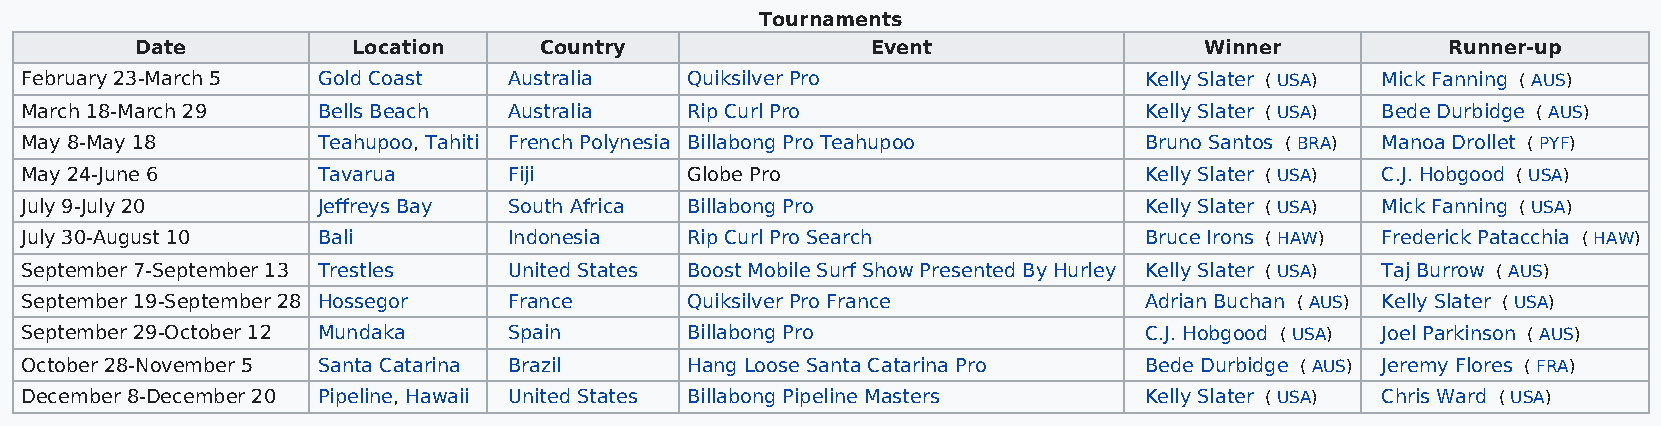
Tournaments
 Date          Location     Country               Event                 Winner          Runner-up
 February 23-March 5 Gold Coast   Australia  Quiksilver Pro                 Kelly Slater ( USA) Mick Fanning ( AUS)
 March 18-March 29   Bells Beach  Australia  Rip Curl Pro                   Kelly Slater ( USA) Bede Durbidge ( AUS)
 May 8-May 18        Teahupoo, Tahiti French Polynesia Billabong Pro Teahupoo Bruno Santos ( BRA) Manoa Drollet ( PYF)
 May 24-June 6       Tavarua      Fiji       Globe Pro                      Kelly Slater ( USA) C.J. Hobgood ( USA)
 July 9-July 20      Jeffreys Bay South Africa Billabong Pro                Kelly Slater ( USA) Mick Fanning ( USA)
 July 30-August 10   Bali         Indonesia  Rip Curl Pro Search            Bruce Irons ( HAW) Frederick Patacchia ( HAW)
 September 7-September 13 Trestles United States Boost Mobile Surf Show Presented By Hurley Kelly Slater ( USA) Taj Burrow ( AUS)
 September 19-September 28 Hossegor France   Quiksilver Pro France          Adrian Buchan ( AUS) Kelly Slater ( USA)
 September 29-October 12 Mundaka  Spain      Billabong Pro                  C.J. Hobgood ( USA) Joel Parkinson ( AUS)
 October 28-November 5 Santa Catarina Brazil Hang Loose Santa Catarina Pro  Bede Durbidge ( AUS) Jeremy Flores ( FRA)
 December 8-December 20 Pipeline, Hawaii United States Billabong Pipeline Masters Kelly Slater ( USA) Chris Ward ( USA)